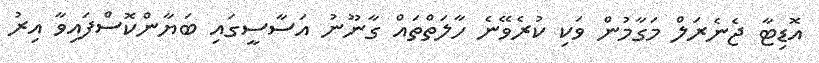
އޮޑިޓާ ޖެނެރަލް މަގާމުން ވަކި ކުރެވޭނެ ހާލަތްތައް ގާނޫނު އަސާސީގައި ބަޔާންކޮސްފައިވާ އިރު